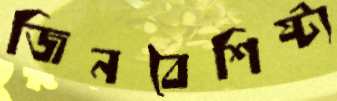
জিনবৈশিষ্ট্য